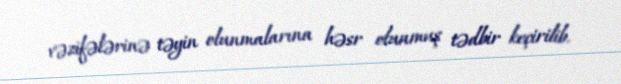
vəzifələrinə təyin olunmalarına həsr olunmuş tədbir keçirilib.